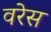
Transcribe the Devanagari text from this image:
वरेस